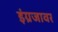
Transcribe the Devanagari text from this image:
इंग्रजावर